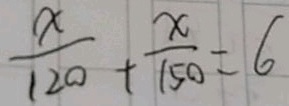
\frac { x } { 1 2 0 } + \frac { x } { 1 5 0 } = 6